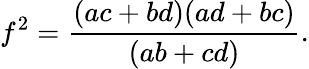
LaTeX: f^{2}={\frac{(ac+bd)(ad+bc)}{(ab+cd)}}.